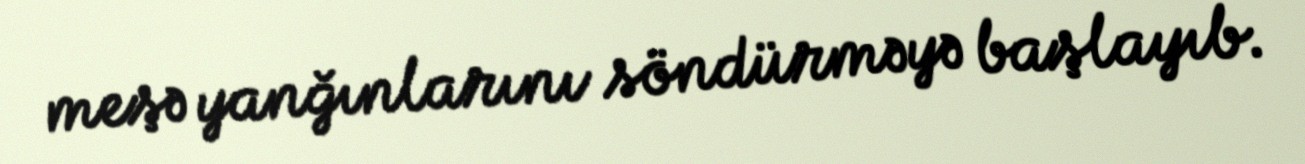
meşə yanğınlarını söndürməyə başlayıb.